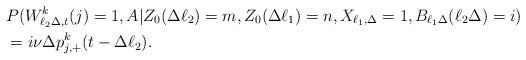
LaTeX: \begin{align*} & P(W^k_{\ell_2\Delta,t}(j)=1,A|Z_0(\Delta\ell_2)=m,Z_0(\Delta \ell_1)=n,X_{\ell_1,\Delta}=1,B_{\ell_1\Delta}(\ell_2\Delta)=i) \\ &= i \nu \Delta p^k_{j,+}(t-\Delta\ell_2). \end{align*}